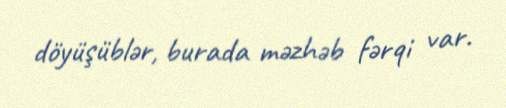
döyüşüblər, burada məzhəb fərqi var.